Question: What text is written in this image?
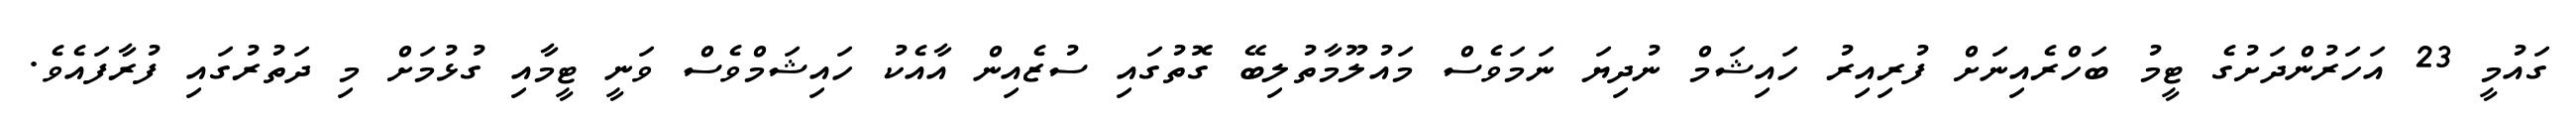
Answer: ގައުމީ 23 އަހަރުންދަށުގެ ޓީމު ބަހްރެއިނަށް ފުރިއިރު ހައިޝަމް ނުދިޔަ ނަމަވެސް މައުލޫމާތުލިބޭ ގޮތުގައި ސުޒެއިން އާއެކު ހައިޝަމްވެސް ވަނީ ޓީމާއި ގުޅުމަށް މި ދަތުރުގައި ފުރާފައެވެ.